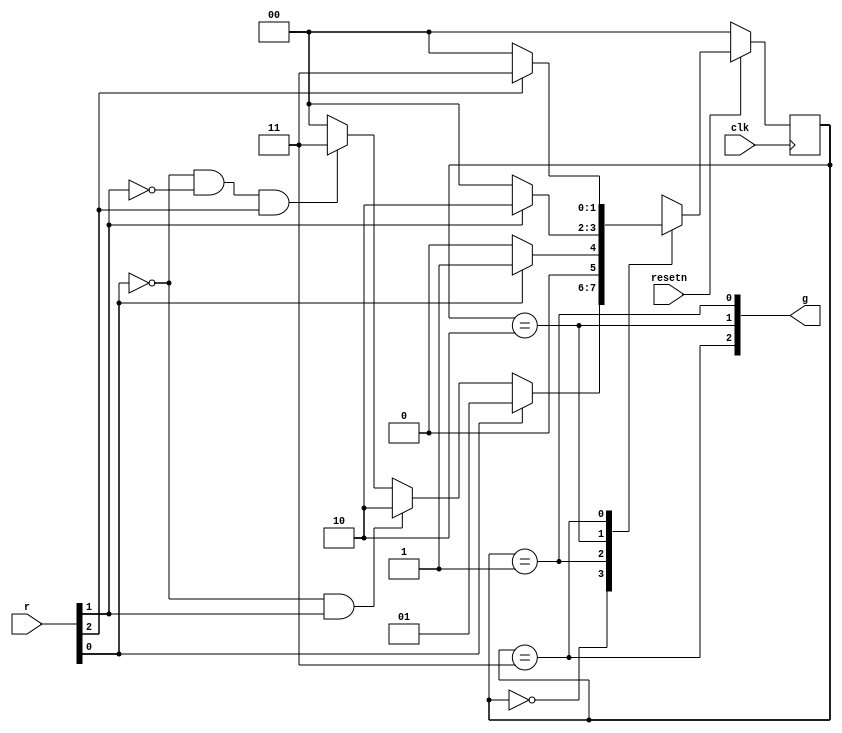
module top_module (
    input clk,
    input resetn,    // active-low synchronous reset
    input [3:1] r,   // request
    output [3:1] g   // grant
); 
	parameter A=0,B=1,C=2,D=3;
    reg [1:0]state,next_state;
    always @(*) begin
        case(state)
            A:begin
                if(r[1])next_state<=B;
                else if(~r[1]&r[2])next_state<=C;
                else if(~r[1]&~r[2]&r[3])next_state<=D;
                else next_state<=A;
            end
            B:next_state<=r[1]?B:A;
            C:next_state<=r[2]?C:A;
            D:next_state<=r[3]?D:A;
        endcase
    end
    always @(posedge clk) begin
        if(~resetn) state<=A;
        else state<=next_state;
    end
    assign g[1]=(state==B);
    assign g[2]=(state==C);
    assign g[3]=(state==D);
endmodule